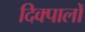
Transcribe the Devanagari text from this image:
दिक्पालों